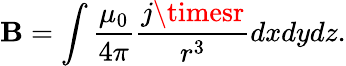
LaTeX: \mathbf{B}=\int\frac{{\mu_{0}}}{{4\pi}}\frac{{j\timesr}}{{r^{3}}}dxdydz.